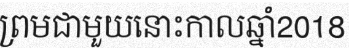
ព្រមជាមួយនោះកាលឆ្នាំ2018